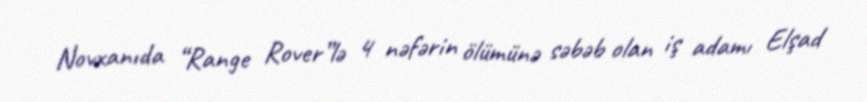
Novxanıda “Range Rover”lə 4 nəfərin ölümünə səbəb olan iş adamı Elşad